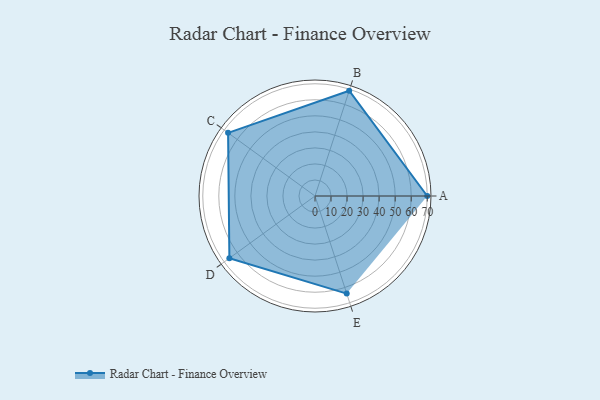
{"axis": {"x": "Skill", "y": "Score"}, "legend": ["Profile"], "data": [{"x": "A", "y": 70.0, "type": "Profile"}, {"x": "B", "y": 69.0, "type": "Profile"}, {"x": "C", "y": 67.0, "type": "Profile"}, {"x": "D", "y": 66.0, "type": "Profile"}, {"x": "E", "y": 64.0, "type": "Profile"}]}